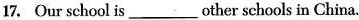
17. Our school is ___ other schools in China.